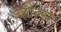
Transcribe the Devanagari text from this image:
व्‍हील्‍स